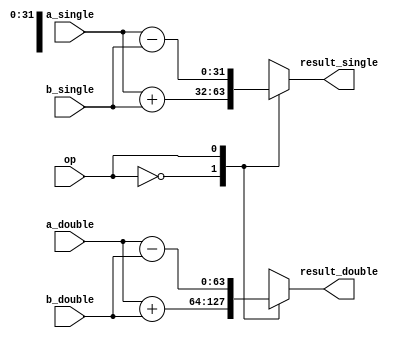
module mixed_precision_unit (
    input wire [31:0] a_single,
    input wire [63:0] a_double,
    input wire [31:0] b_single,
    input wire [63:0] b_double,
    input wire op, // 0 for addition, 1 for subtraction, 2 for multiplication, 3 for division
    output reg [31:0] result_single,
    output reg [63:0] result_double
);

reg [31:0] temp_single;
reg [63:0] temp_double;

always @* begin
    case(op)
        0: begin // addition
            temp_single = a_single + b_single;
            temp_double = a_double + b_double;
        end
        1: begin // subtraction
            temp_single = a_single - b_single;
            temp_double = a_double - b_double;
        end
        2: begin // multiplication
            temp_single = a_single * b_single;
            temp_double = a_double * b_double;
        end
        3: begin // division
            temp_single = a_single / b_single;
            temp_double = a_double / b_double;
        end
        default: begin
            temp_single = 32'hxxxxxxxx;
            temp_double = 64'hxxxxxxxxxxxxxxxx;
        end
    endcase
end

// code for handling special cases such as denormals, infinities, and NaNs

always @* begin
    if(temp_single[31:23] == 8'hff || temp_single[31:23] == 8'h00) begin // handle NaNs and infinities for single precision
        // code for handling NaNs and infinities
    end
    if(temp_double[63:52] == 11'h7ff || temp_double[63:52] == 11'h000) begin // handle NaNs and infinities for double precision
        // code for handling NaNs and infinities
    end
end

// code for properly rounding and handling overflow and underflow conditions

always @* begin
    // code for rounding and handling overflow and underflow conditions
end

assign result_single = temp_single;
assign result_double = temp_double;

endmodule